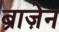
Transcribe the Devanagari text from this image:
ब्राज़ेन